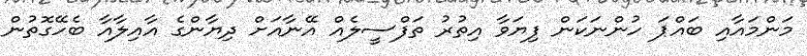
މަންމައާއި ބައްޕަ ހުންނަކަން ފިޔަވާ އިތުރު ތަފްސީލެއް އޭނާއަށް ދިޔާންގެ އާއިލާއާ ބެހޭގޮތުން